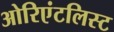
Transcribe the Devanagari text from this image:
ओरिएंटलिस्ट